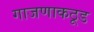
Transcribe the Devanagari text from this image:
गाजणाकठूड